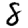
Digit: 8